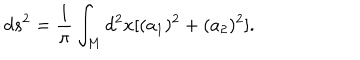
d s ^ { 2 } = \frac { 1 } { \pi } \int _ { M } d ^ { 2 } x [ ( a _ { 1 } ) ^ { 2 } + ( a _ { 2 } ) ^ { 2 } ] .